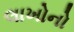
લાખોનો